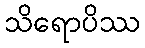
သိရောပိဿ